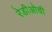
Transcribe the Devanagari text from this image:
रेडीओची